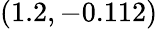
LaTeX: (1.2,-0.112)